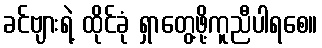
ခင်ဗျားရဲ့ ထိုင်ခုံ ရှာတွေ့ဖို့ကူညီပါရစေ။